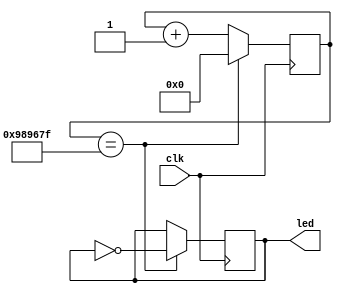
module led_blink(
    input clk,
    output reg led
);

    reg [31:0] count;

    always @(posedge clk) begin
        if (count == 9999999) begin
            count <= 0;
            led <= ~led;
        end else begin
            count <= count + 1;
        end
    end
endmodule